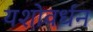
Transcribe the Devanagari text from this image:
यशोवर्धन